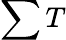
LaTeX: \sum T